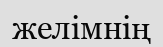
желімнің